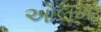
ઔલખ